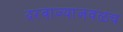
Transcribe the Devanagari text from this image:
दरवाज्याजवळच